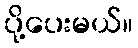
ပို့ပေးမယ်။